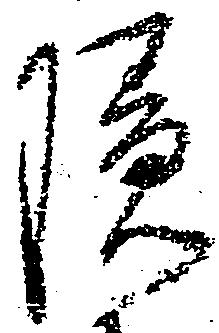
隠